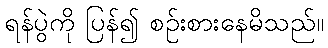
ရန်ပွဲကို ပြန်၍ စဉ်းစားနေမိသည်။